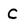
Character: C